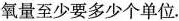
氧量至少要多少个单位.